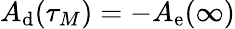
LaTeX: A_{\mathrm{d}}(\tau_{M})=-A_{\mathrm{e}}(\infty)